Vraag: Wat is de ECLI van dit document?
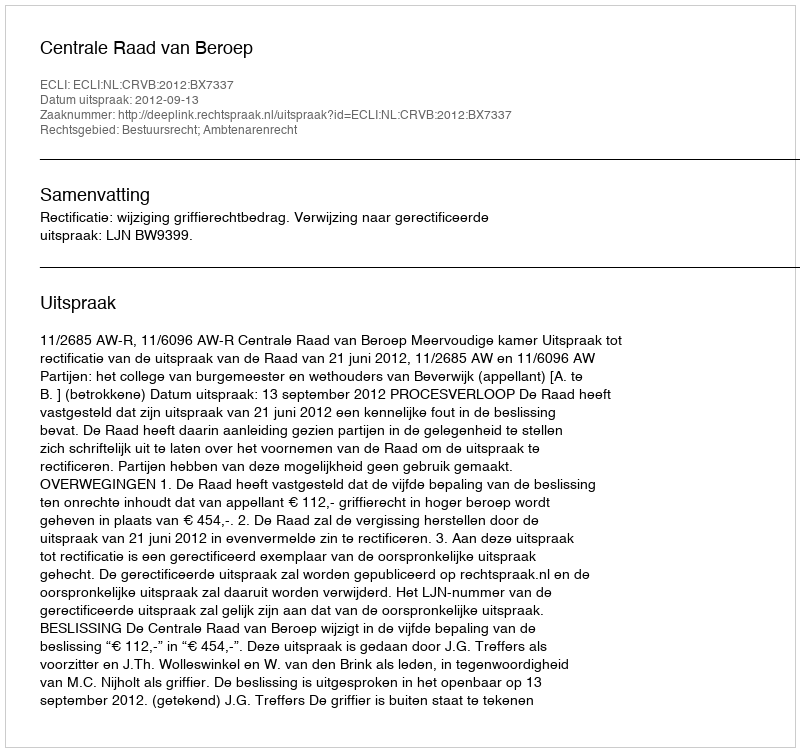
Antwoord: ECLI:NL:CRVB:2012:BX7337